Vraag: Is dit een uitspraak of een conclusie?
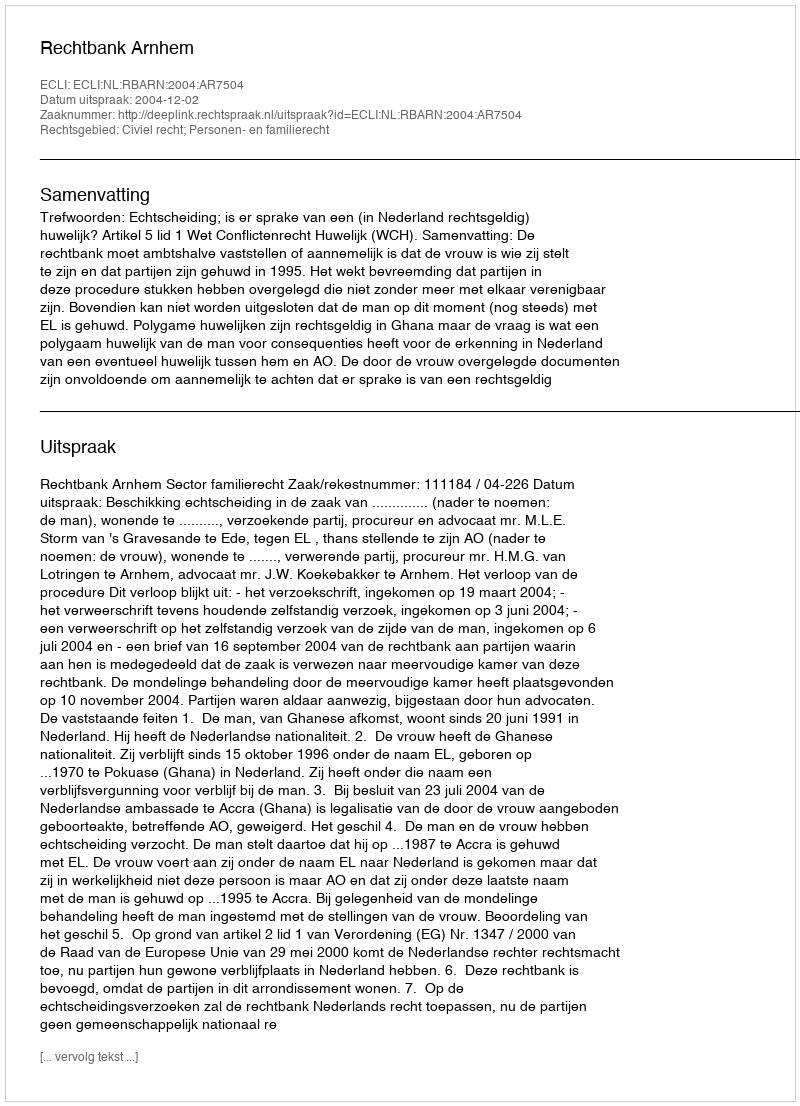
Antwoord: Uitspraak